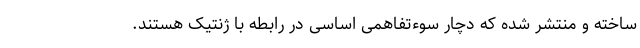
ساخته و منتشر شده که دچار سوء‌تفاهمی اساسی در رابطه با ژنتیک هستند.